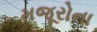
મજૂરોના